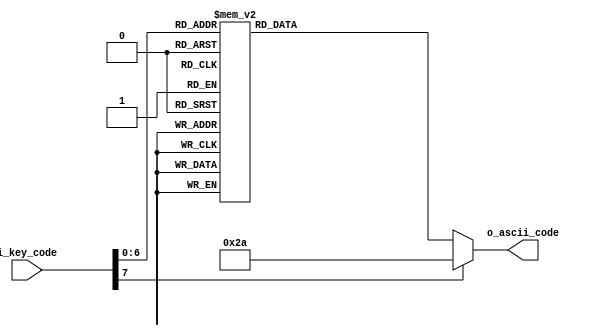
module key_to_ascii(
    input [7:0] i_key_code, 
    output reg [7:0] o_ascii_code
    );
    
    always @*
        case(i_key_code)
            8'h45: o_ascii_code = 8'h30; // 0
            8'h16: o_ascii_code = 8'h31; // 1
            8'h1e: o_ascii_code = 8'h32; // 2
            8'h26: o_ascii_code = 8'h33; // 3
            8'h25: o_ascii_code = 8'h34; // 4
            8'h2e: o_ascii_code = 8'h35; // 5
            8'h36: o_ascii_code = 8'h36; // 6
            8'h3d: o_ascii_code = 8'h37; // 7
            8'h3e: o_ascii_code = 8'h38; // 8
            8'h46: o_ascii_code = 8'h39; // 9
            
            8'h1c: o_ascii_code = 8'h41; // A
            8'h32: o_ascii_code = 8'h42; // B
            8'h21: o_ascii_code = 8'h43; // C
            8'h23: o_ascii_code = 8'h44; // D
            8'h24: o_ascii_code = 8'h45; // E
            8'h2b: o_ascii_code = 8'h46; // F
            8'h34: o_ascii_code = 8'h47; // G
            8'h33: o_ascii_code = 8'h48; // H
            8'h43: o_ascii_code = 8'h49; // I
            8'h3b: o_ascii_code = 8'h4a; // J
            8'h42: o_ascii_code = 8'h4b; // K
            8'h4b: o_ascii_code = 8'h4c; // L
            8'h3a: o_ascii_code = 8'h4d; // M
            8'h31: o_ascii_code = 8'h4e; // N
            8'h44: o_ascii_code = 8'h4f; // O
            8'h4d: o_ascii_code = 8'h50; // P
            8'h15: o_ascii_code = 8'h51; // Q
            8'h2d: o_ascii_code = 8'h52; // R
            8'h1b: o_ascii_code = 8'h53; // S
            8'h2c: o_ascii_code = 8'h54; // T
            8'h3c: o_ascii_code = 8'h55; // U
            8'h2a: o_ascii_code = 8'h56; // V
            8'h1d: o_ascii_code = 8'h57; // W
            8'h22: o_ascii_code = 8'h58; // X
            8'h35: o_ascii_code = 8'h59; // Y
            8'h1a: o_ascii_code = 8'h5a; // Z
            
            8'h0e: o_ascii_code = 8'h60; // '
            8'h4e: o_ascii_code = 8'h2d; // -
            8'h55: o_ascii_code = 8'h3d; // =
            8'h54: o_ascii_code = 8'h5b; // [
            8'h5b: o_ascii_code = 8'h5d; // ]
            8'h5d: o_ascii_code = 8'h5c; // \\\\\\\\\\\\\\\\\\\\\\\\\\\\\\\\
            8'h4c: o_ascii_code = 8'h3b; // ;
            8'h52: o_ascii_code = 8'h27; // '
            8'h41: o_ascii_code = 8'h2c; // ,
            8'h49: o_ascii_code = 8'h2e; // .
            8'h4a: o_ascii_code = 8'h2f; // /
            
            8'h29: o_ascii_code = 8'h20; // (space)
            8'h5a: o_ascii_code = 8'h0d; // (enter, cr)
            8'h66: o_ascii_code = 8'h08; // (backspace)
            default: o_ascii_code = 8'h2a; // *
        endcase
    
    
endmodule